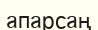
апарсаң